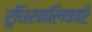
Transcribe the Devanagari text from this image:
रुधिरनलिकाएँ